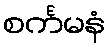
စင်္ကမနံ